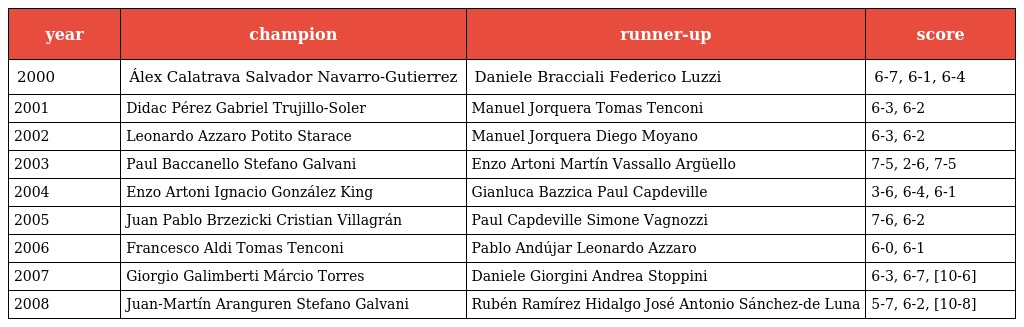
| year | champion | runner-up | score |
 | --- | --- | --- | --- |
 | 2000 | Álex Calatrava Salvador Navarro-Gutierrez | Daniele Bracciali Federico Luzzi | 6-7, 6-1, 6-4 |
 | 2001 | Didac Pérez Gabriel Trujillo-Soler | Manuel Jorquera Tomas Tenconi | 6-3, 6-2 |
 | 2002 | Leonardo Azzaro Potito Starace | Manuel Jorquera Diego Moyano | 6-3, 6-2 |
 | 2003 | Paul Baccanello Stefano Galvani | Enzo Artoni Martín Vassallo Argüello | 7-5, 2-6, 7-5 |
 | 2004 | Enzo Artoni Ignacio González King | Gianluca Bazzica Paul Capdeville | 3-6, 6-4, 6-1 |
 | 2005 | Juan Pablo Brzezicki Cristian Villagrán | Paul Capdeville Simone Vagnozzi | 7-6, 6-2 |
 | 2006 | Francesco Aldi Tomas Tenconi | Pablo Andújar Leonardo Azzaro | 6-0, 6-1 |
 | 2007 | Giorgio Galimberti Márcio Torres | Daniele Giorgini Andrea Stoppini | 6-3, 6-7, [10-6] |
 | 2008 | Juan-Martín Aranguren Stefano Galvani | Rubén Ramírez Hidalgo José Antonio Sánchez-de Luna | 5-7, 6-2, [10-8] |